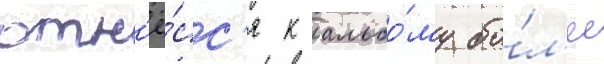
отн'ё́сс'я к альбо́му бо́л'ее